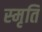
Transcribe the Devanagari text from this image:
स्‍मृति